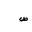
Letter: _sad